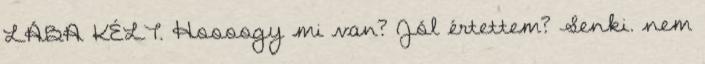
LÁBA KÉLT. Hoooogy mi van? Jól értettem? Senki. nem